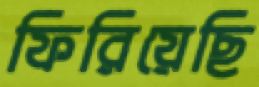
ফিরিয়েছি